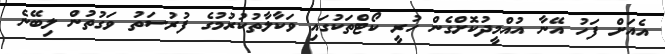
އެއަށް ފަހު އޭނާ އުއްމީދުކޮށްގެން ހުރީ ކޯޓްތަކުގައި ވަކާލާތުކުރުމުގެ ފުރުސަތު ވަގުތުން ލިބޭނެ